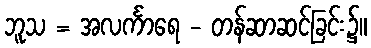
ဘူသ = အလင်္ကာရေ - တန်ဆာဆင်ခြင်း၌။